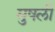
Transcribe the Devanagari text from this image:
मुषली